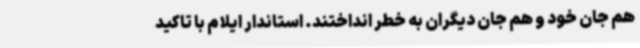
هم جان خود و هم جان دیگران به خطر انداختند. استاندار ایلام با تاکید